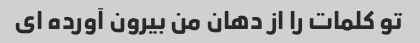
تو کلمات را از دهان من بیرون آورده ای